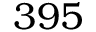
3 9 5